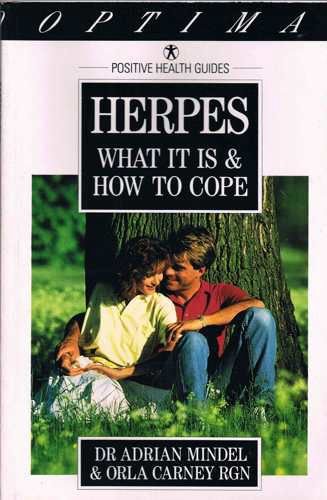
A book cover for Herpes: What it is and How to Cope (Positive Health Guide); Adrian Mindel; Health, Fitness & Dieting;